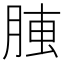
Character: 𦝏